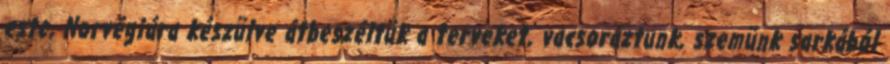
este, Norvégiára készülve átbeszéltük a terveket, vacsoráztunk, szemünk sarkából